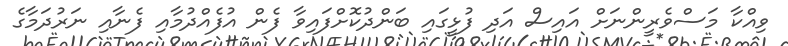
ވިއްކާ މަސްވެރީންނަށް އައިސް އަދި ފުޅީގައި ބަންދުކޮށްފައިވާ ފެން އުފެއްދުމާއި ފެނާއި ނަރުދަމާގެ